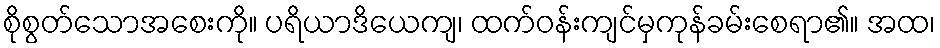
စိုစွတ်သောအစေးကို။ ပရိယာဒိယေကျ၊ ထက်ဝန်းကျင်မှကုန်ခမ်းစေရာ၏။ အထ၊